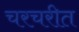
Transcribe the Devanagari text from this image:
चरचरीत